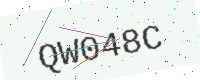
Text: QW048C